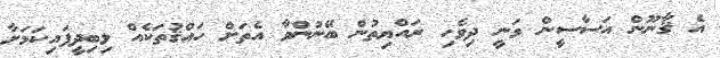
އެ ޤާނޫން އަސާސީން ވަނީ ދިވެހި ރައްޔިތުން ބޭނުންވާ އެތަށް ހައްޤުތަކެއް ލިބިދީފައިކަމަށާ